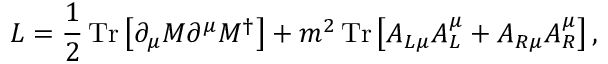
L = \frac { 1 } { 2 } \, \mathrm { T r } \left[ \partial _ { \mu } M \partial ^ { \mu } M ^ { \dagger } \right] + m ^ { 2 } \, \mathrm { T r } \left[ A _ { L \mu } A _ { L } ^ { \mu } + A _ { R \mu } A _ { R } ^ { \mu } \right] ,